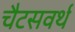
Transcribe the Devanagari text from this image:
चैटसवर्थ